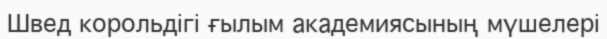
Швед корольдігі ғылым академиясының мүшелері